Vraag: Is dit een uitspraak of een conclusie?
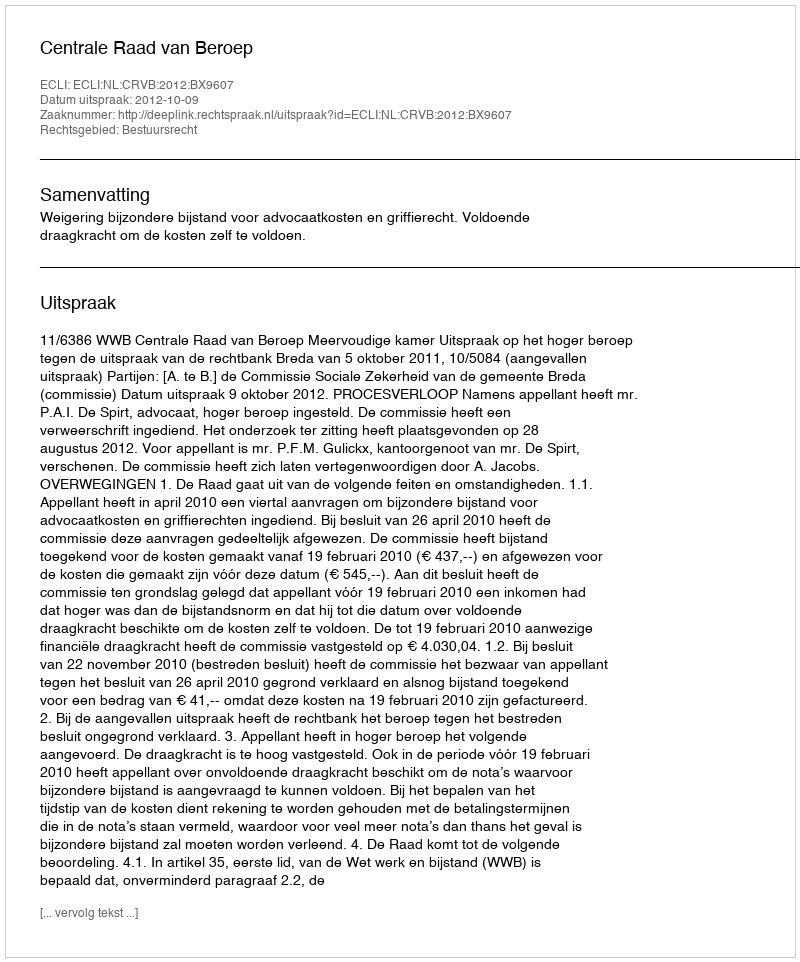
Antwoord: Uitspraak